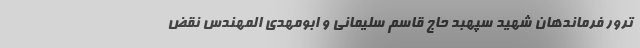
ترور فرماندهان شهید سپهبد حاج قاسم سلیمانی و ابومهدی المهندس نقض